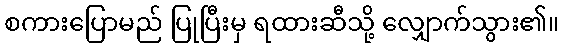
စကားပြောမည် ပြုပြီးမှ ရထားဆီသို့ လျှောက်သွား၏။